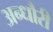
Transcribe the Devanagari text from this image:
अन्धौरी